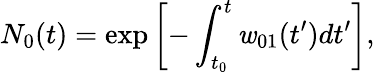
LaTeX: N_{0}(t)=\exp\left[-\int_{t_{0}}^{t}\mathit{w}_{01}(t^{\prime})dt^{\prime}\right],